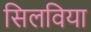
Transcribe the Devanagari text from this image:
सिलविया